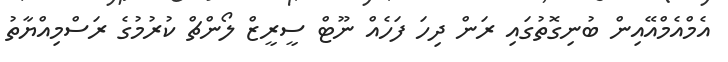
އެމްއެމްއޭއިން ބުނިގޮތުގައި ރަން ދިހަ ފަހެއް ނޫޓް ސީރީޒް ލޯންޗް ކުރުމުގެ ރަސްމިއްޔާތު